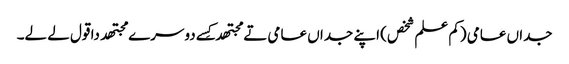
جداں عامی (کم علم شخص) اپنے جداں عامی تے مجتھدکِس‏ے دوسرے مجتھد دا قول لے لے۔